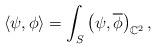
LaTeX: \begin{gather*}\langle\psi,\phi\rangle=\int_S\left( \psi,\overline{\phi} \right)_{\mathbb C^2}, \end{gather*}